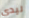
ليدي